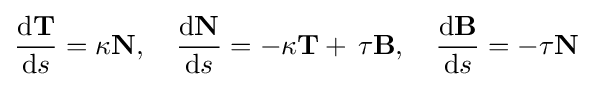
{\dfrac {\mathrm {d} \mathbf {T} }{\mathrm {d} s}}=\kappa \mathbf {N} ,\quad {\dfrac {\mathrm {d} \mathbf {N} }{\mathrm {d} s}}=-\kappa \mathbf {T} +\,\tau \mathbf {B} ,\quad {\dfrac {\mathrm {d} \mathbf {B} }{\mathrm {d} s}}=-\tau \mathbf {N}